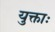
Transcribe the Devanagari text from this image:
युक्ताः